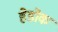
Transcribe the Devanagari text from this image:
हेडोक